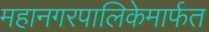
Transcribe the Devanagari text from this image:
महानगरपालिकेमार्फत